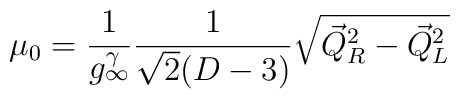
\mu_0 = \frac{1}{g_\infty^\gamma}\frac{1}{\sqrt{2}(D-3)}\sqrt{{\vec{Q}}_R^2-{\vec{Q}}_L^2} \nonumber\\